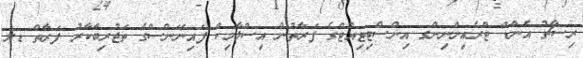
ރިސާޗު އެންޑް ޓްރެއިންނިންގ އިންސްޓިޓިއުޓްގެ ފަރާތުން އިސްލާމިކް ފައިނޭންސްގެ ތަޖުރިބާކާރު ފަރާތް ޑރ